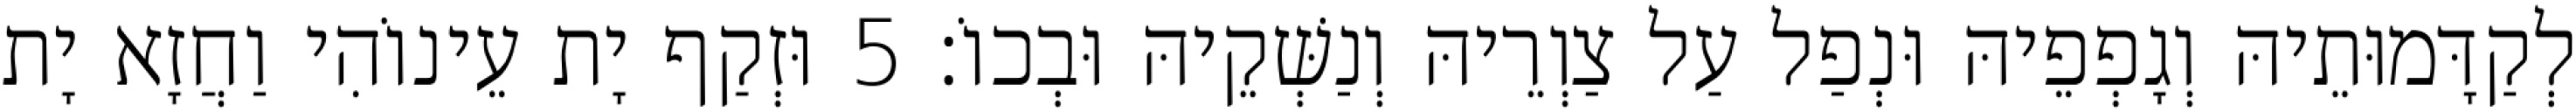
לְקַדָּמוּתֵיהּ וְגָפְפֵיהּ וּנְפַל עַל צַוְרֵיהּ וְנַשְּׁקֵיהּ וּבְכוֹ׃ 5 וּזְקַף יָת עֵינוֹהִי וַחֲזָא יָת